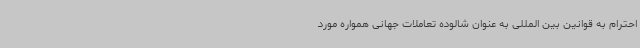
احترام به قوانین بین المللی به عنوان شالوده تعاملات جهانی همواره مورد